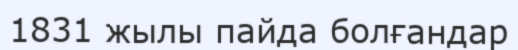
1831 жылы пайда болғандар